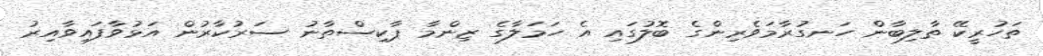
ތަހުރީކޭ ތާލިބާން ހަނގުރާމަވެރިންގެ ބޮލުގައި އެ ހަމަލާގެ ޒިންމާ ޕާކިސްތާނު ސަރުކާރުން އަޅުވާފައިވާއިރު